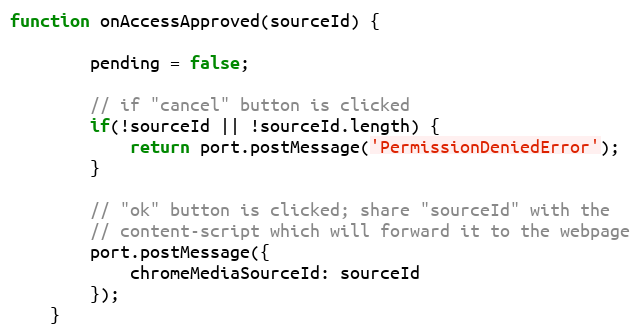
Language: JavaScript
function onAccessApproved(sourceId) {

        pending = false;

        // if "cancel" button is clicked
        if(!sourceId || !sourceId.length) {
            return port.postMessage('PermissionDeniedError');
        }

        // "ok" button is clicked; share "sourceId" with the
        // content-script which will forward it to the webpage
        port.postMessage({
            chromeMediaSourceId: sourceId
        });
    }